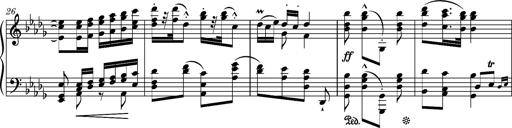
Title: Ungarische Nationalmelodien, S.243
Composer: Franz Liszt